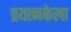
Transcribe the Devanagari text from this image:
प्रयत्नकेला